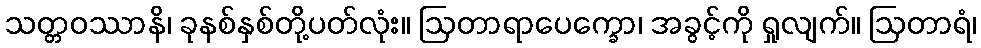
သတ္တဝဿာနိ၊ ခုနစ်နှစ်တို့ပတ်လုံး။ ဩတာရာပေက္ခော၊ အခွင့်ကို ရှုလျက်။ ဩတာရံ၊